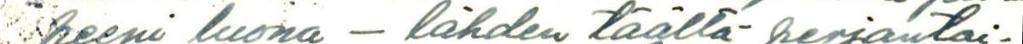
heeni luona - lähden täältä perjantai-